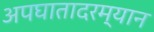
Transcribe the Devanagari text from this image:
अपघातादरम्यान